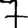
Digit: 7